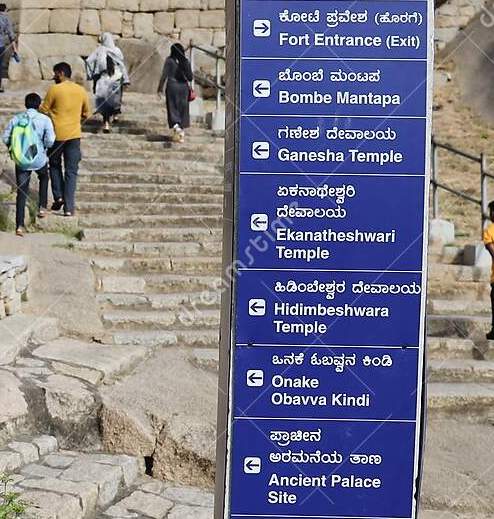
Language: kannada
Transcription: ಏಕನಾಥೇಶ್ವರಿ ದೇವಾಲಯ